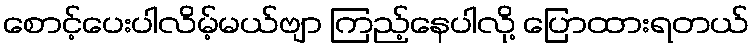
စောင့်ပေးပါလိမ့်မယ်ဗျာ ကြည့်နေပါလို့ ပြောထားရတယ်